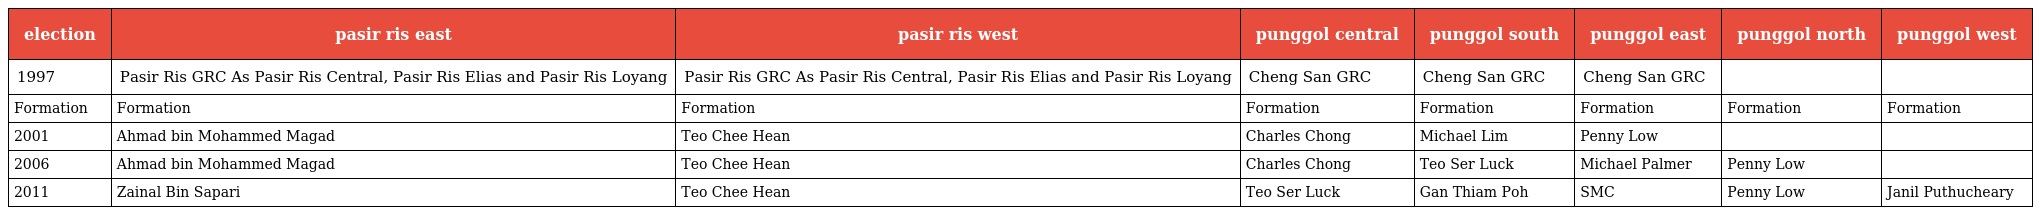
| election | pasir ris east | pasir ris west | punggol central | punggol south | punggol east | punggol north | punggol west |
 | --- | --- | --- | --- | --- | --- | --- | --- |
 | 1997 | Pasir Ris GRC As Pasir Ris Central, Pasir Ris Elias and Pasir Ris Loyang | Pasir Ris GRC As Pasir Ris Central, Pasir Ris Elias and Pasir Ris Loyang | Cheng San GRC | Cheng San GRC | Cheng San GRC |  |  |
 | Formation | Formation | Formation | Formation | Formation | Formation | Formation | Formation |
 | 2001 | Ahmad bin Mohammed Magad | Teo Chee Hean | Charles Chong | Michael Lim | Penny Low |  |  |
 | 2006 | Ahmad bin Mohammed Magad | Teo Chee Hean | Charles Chong | Teo Ser Luck | Michael Palmer | Penny Low |  |
 | 2011 | Zainal Bin Sapari | Teo Chee Hean | Teo Ser Luck | Gan Thiam Poh | SMC | Penny Low | Janil Puthucheary |